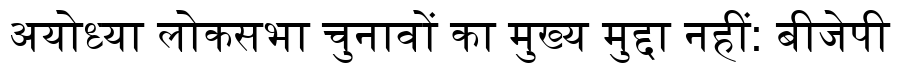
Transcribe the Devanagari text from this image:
अयोध्या लोकसभा चुनावों का मुख्य मुद्दा नहीं: बीजेपी